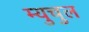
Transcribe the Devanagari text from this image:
म्युचुल